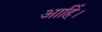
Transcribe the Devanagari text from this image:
आहिं।